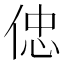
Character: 𠊞